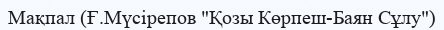
Мақпал (Ғ.Мүсірепов "Қозы Көрпеш-Баян Сұлу")